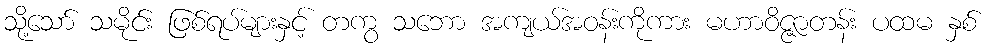
သို့သော် သမိုင်း ဖြစ်ရပ်များနှင့် တကွ သဘော အကျယ်အဝန်းကိုကား မဟာဝိဇ္ဇာတန်း ပထမ နှစ်